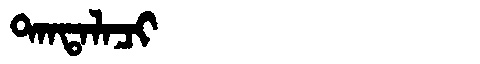
Manchu: ᡨᠠᠨᡨᠠᠯᠠᠴᡳ
Romanization: TANTALACI